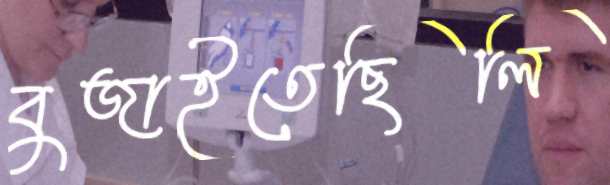
বুজাইতেছিলি